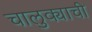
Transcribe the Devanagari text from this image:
चालुक्याची